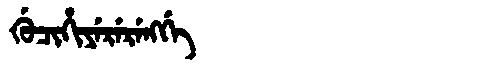
Manchu: ᡤᡠᠴᡳᡥᡳᠶᡝᡵᡝᡵᡝᠩᡤᡝ
Romanization: GUCIHIYERERENGGE